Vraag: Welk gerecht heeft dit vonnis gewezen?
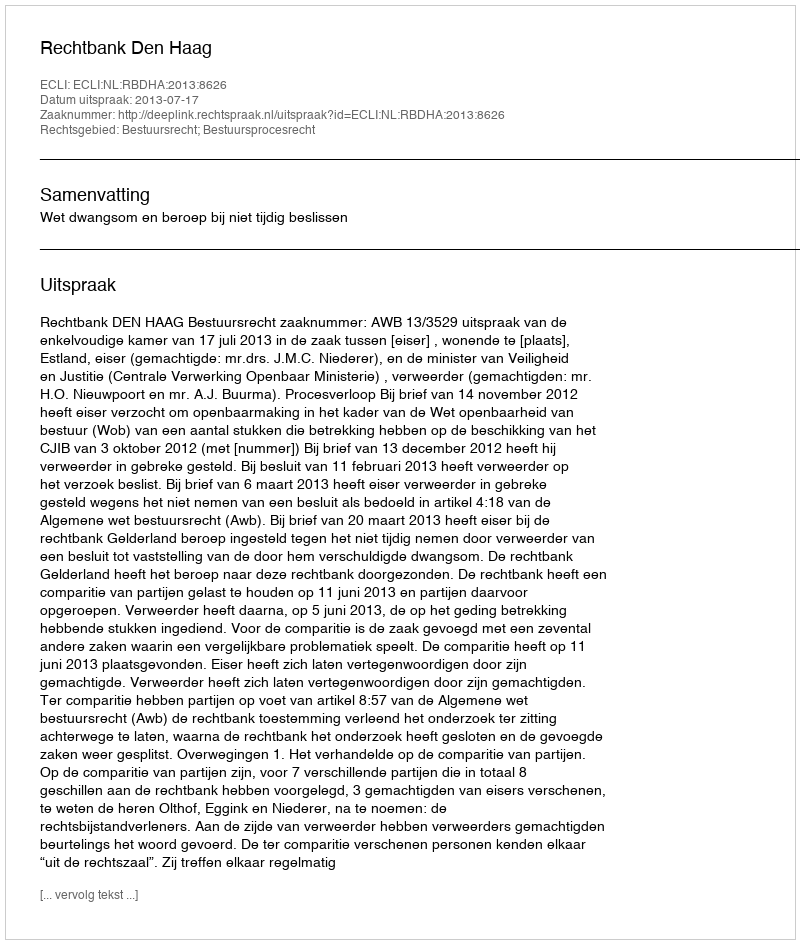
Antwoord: Rechtbank Den Haag